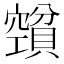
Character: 𰷕